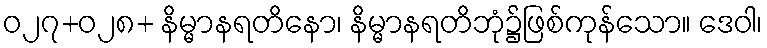
ဝ၂၇+၀၂၈+ နိမ္မာနရတိနော၊ နိမ္မာနရတိဘုံ၌ဖြစ်ကုန်သော။ ဒေဝါ၊